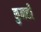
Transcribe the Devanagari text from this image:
कुनही